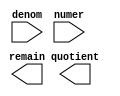
module div_20 (
	denom,
	numer,
	quotient,
	remain);

	input	[17:0]  denom;
	input	[19:0]  numer;
	output	[19:0]  quotient;
	output	[17:0]  remain;

endmodule